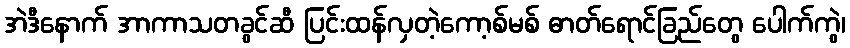
အဲဒီနောက် အာကာသတခွင်ဆီ ပြင်းထန်လှတဲ့ကော့စ်မစ် ဓာတ်ရောင်ခြည်တွေ ပေါက်ကွဲ၊